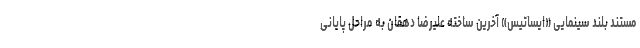
مستند بلند سینمایی «ایساتیس» آخرین ساخته علیرضا دهقان به مراحل پایانی